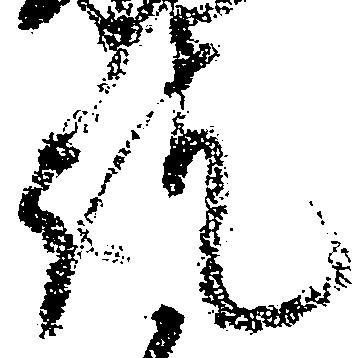
訖